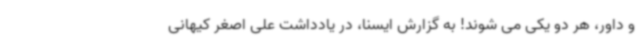
و داور، هر دو یکی می شوند! به گزارش ایسنا، در یادداشت علی اصغر کیهانی